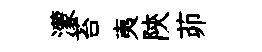
濛苔夷陝茆